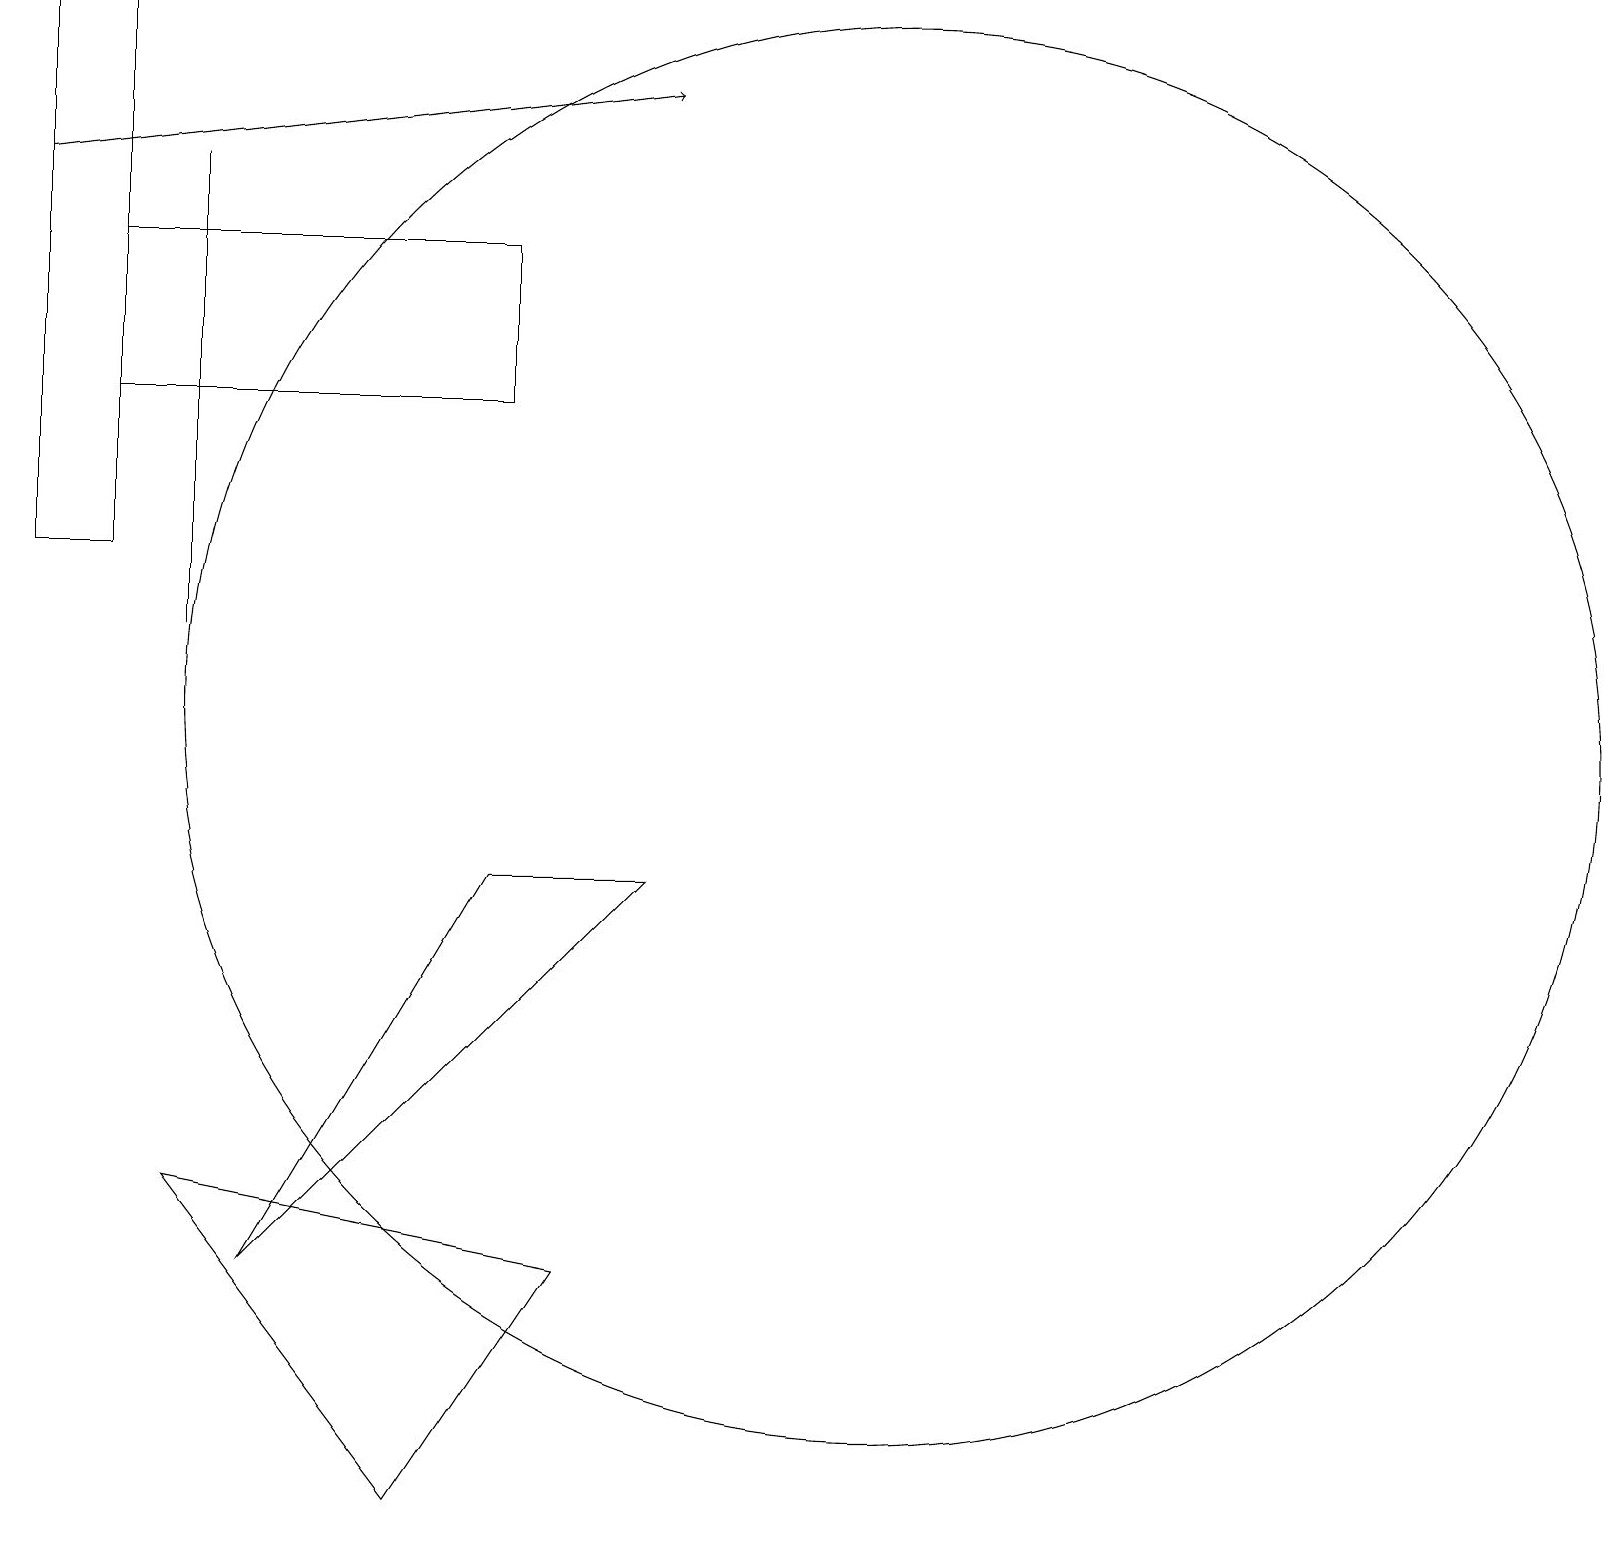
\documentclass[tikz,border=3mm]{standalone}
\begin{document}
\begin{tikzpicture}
\draw (2,17) rectangle (2,11);
\draw (0,19) rectangle (1,12);
\draw (11,10) circle (9);
\draw (6,14) rectangle (1,16);
\draw (6,8) -- (3,3) -- (8,8) -- cycle;
\draw[->] (0,17) -- (8,18);
\draw (2,4) -- (7,3) -- (5,0) -- cycle;
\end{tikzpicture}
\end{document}